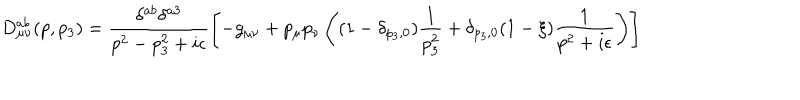
D _ { \mu \nu } ^ { a b } ( p , p _ { 3 } ) = \frac { \delta ^ { a b } \delta ^ { a 3 } } { p ^ { 2 } - p _ { 3 } ^ { 2 } + i \epsilon } \left[ - g _ { \mu \nu } + p _ { \mu } p _ { \nu } \left( ( 1 - \delta _ { p _ { 3 } , 0 } ) \frac { 1 } { p _ { 3 } ^ { 2 } } + \delta _ { p _ { 3 } , 0 } ( 1 - \xi ) \frac { 1 } { p ^ { 2 } + i \epsilon } \right) \right]